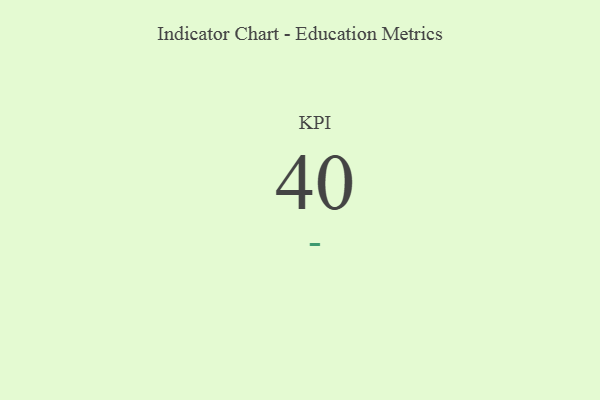
{"axis": {"x": "KPI", "y": "Value"}, "legend": [""], "data": [{"x": "KPI", "y": 40, "type": ""}]}